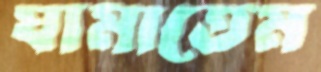
ঘামাতেম